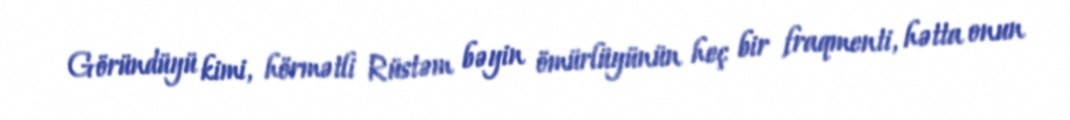
Göründüyü kimi, hörmətli Rüstəm bəyin ömürlüyünün heç bir fraqmenti, hətta onun